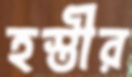
হস্তীর